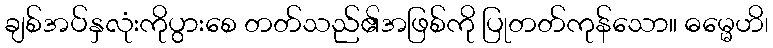
ချစ်အပ်နှလုံးကိုပွားစေ တတ်သည်၏အဖြစ်ကို ပြုတတ်ကုန်သော။ ဓမ္မေဟိ၊